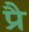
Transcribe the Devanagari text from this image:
प्रै